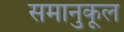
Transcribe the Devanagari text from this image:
समानुकूल